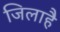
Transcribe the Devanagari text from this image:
जिलाहै